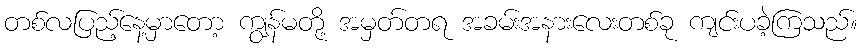
တစ်လပြည့်နေ့မှာတော့ ကျွန်မတို့ အမှတ်တရ အခမ်းအနားလေးတစ်ခု ကျင်းပခဲ့ကြသည်။